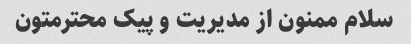
سلام ممنون از مدیریت و پیک محترمتون